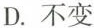
D. 不变